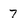
Character: 7